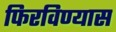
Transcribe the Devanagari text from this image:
फिरविण्यास